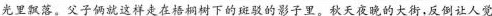
\underline{光里飘落。}父子俩就这样走在梧桐树下的斑驳的影子里。秋天夜晚的大街，反倒让人觉